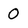
Character: 0